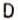
D